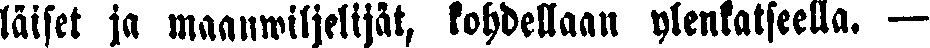
läiset ja maanwiljelijät, kohdellaan ylenkatseella. —